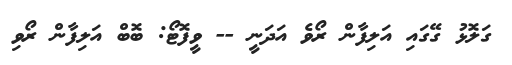
ގަލޮޅު ގޭގައި އަލިފާން ރޯވެ އަދަނީ -- ވީފޮޓޯ: ބޮބް އަލިފާން ރޯވި